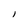
Character: l